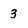
Character: 3